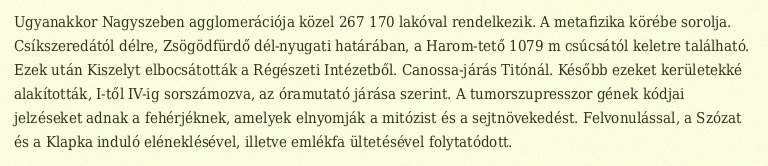
Ugyanakkor Nagyszeben agglomerációja közel 267 170 lakóval rendelkezik. A metafizika körébe sorolja. Csíkszeredától délre, Zsögödfürdő dél-nyugati határában, a Harom-tető 1079 m csúcsától keletre található. Ezek után Kiszelyt elbocsátották a Régészeti Intézetből. Canossa-járás Titónál. Később ezeket kerületekké alakították, I-től IV-ig sorszámozva, az óramutató járása szerint. A tumorszupresszor gének kódjai jelzéseket adnak a fehérjéknek, amelyek elnyomják a mitózist és a sejtnövekedést. Felvonulással, a Szózat és a Klapka induló eléneklésével, illetve emlékfa ültetésével folytatódott.